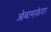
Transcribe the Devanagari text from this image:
ओबामाकेयर